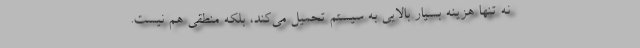
نه تنها هزینه بسیار بالایی به سیستم تحمیل می‌کند، بلکه منطقی هم نیست.